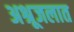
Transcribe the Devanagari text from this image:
अश्रूजलात